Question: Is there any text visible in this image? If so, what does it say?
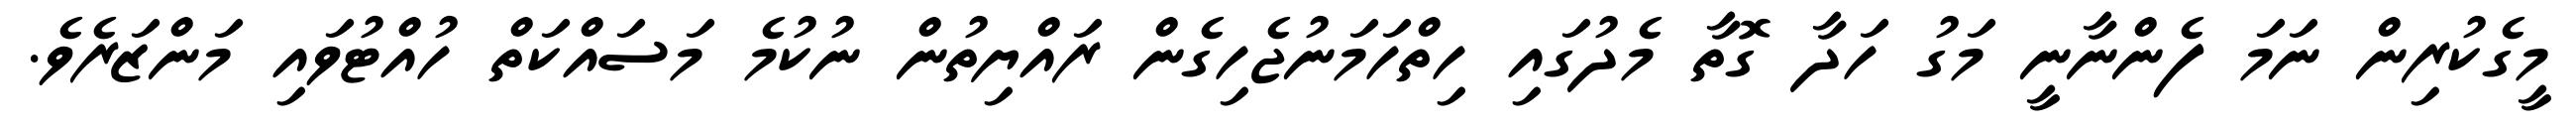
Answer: މީގެކުރިން ނަމަ ފެންނާނީ މަގު ހަދާ ގޮތާ މެދުގައި ހިތްހަމަނުޖެހިގެން ރައްޔިތުން ނުކުމެ މަސައްކަތް ހުއްޓުވައި މަންޒަރެވެ.